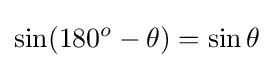
\sin(180^{o}-\theta )=\sin \theta